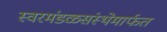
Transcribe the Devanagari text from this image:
स्वरमंडळसंस्थेमार्फत